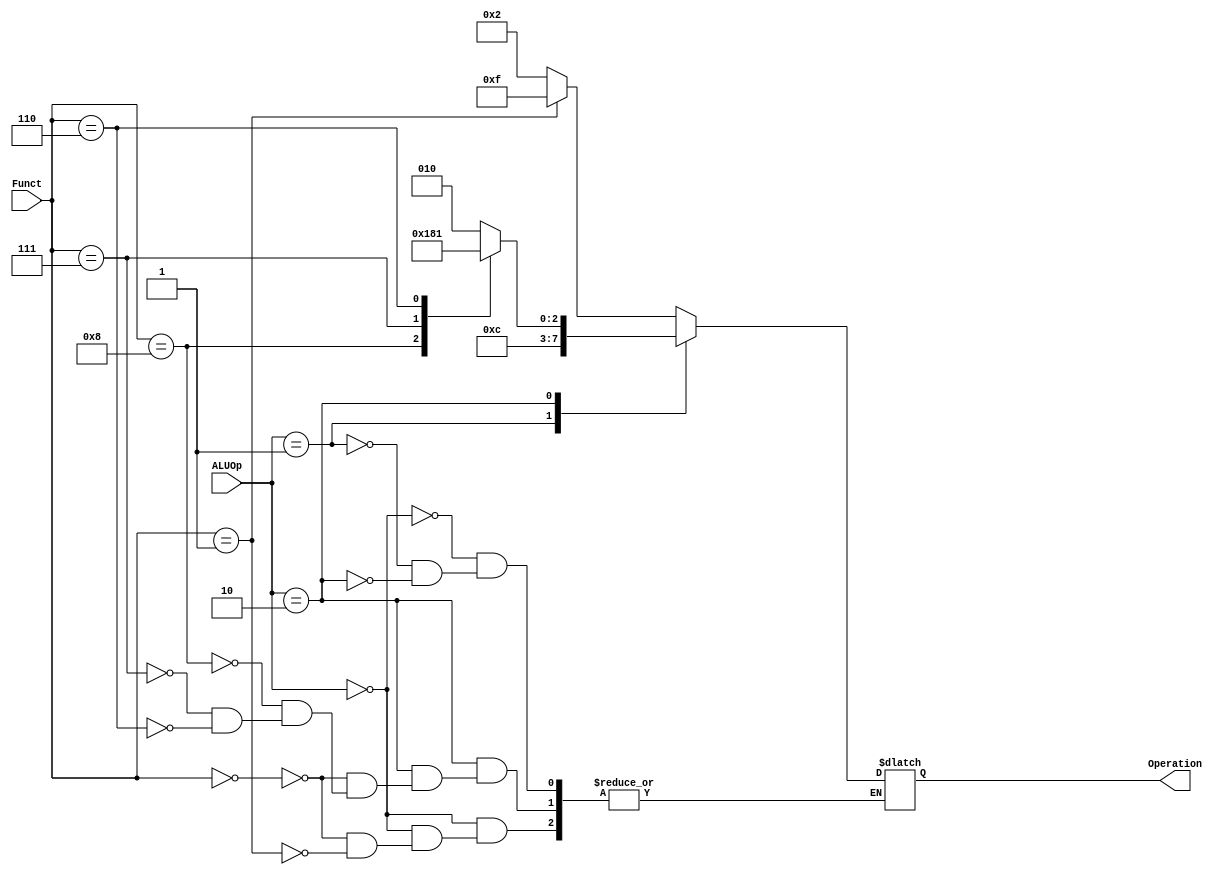
module ALU_Control
(
	input [1:0] ALUOp,
	input [3:0] Funct,
	output reg [3:0] Operation
);

	always@(*)
	begin
		case(ALUOp)
			2'b00:
				begin
				case(Funct)
				4'b0000:
					Operation = 4'b0010;	//addition
					
				4'b0001:
					Operation = 4'b1111;	//Shift left
				endcase
				end
			2'b01:
				//4'b0000:	//beq
				Operation = 4'b0110; //subtraction
				//4'b0001:	//bne
				//4'b0101:	//bge
				
			2'b10:
				begin
				case(Funct)
				4'b0000:
					Operation = 4'b0010;	//addition
					
				4'b1000:
					Operation = 4'b0110;	//subtraction
					
				4'b0111:
					Operation = 4'b0000;	//AND
					
				4'b0110:
					Operation = 4'b0001;	//OR
				endcase
				end
		endcase
	end
endmodule